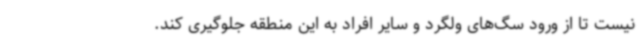
نیست تا از ورود سگ‌های ولگرد و سایر افراد به این منطقه جلوگیری کند.